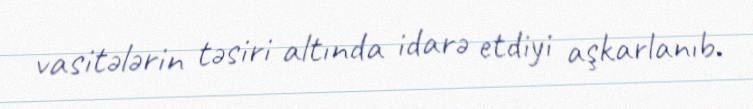
vasitələrin təsiri altında idarə etdiyi aşkarlanıb.